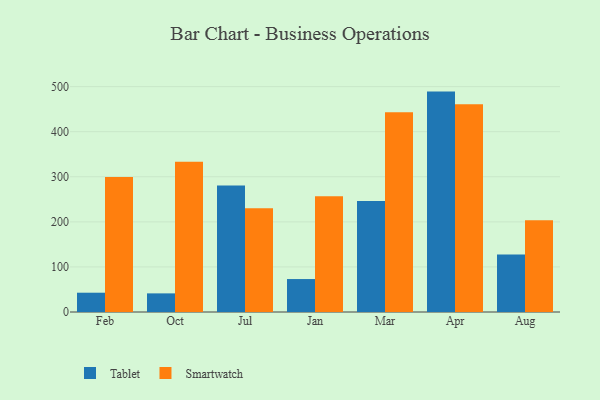
{"axis": {"x": "Month", "y": "Headcount"}, "legend": ["Smartwatch", "Tablet"], "data": [{"x": "Feb", "y": 42.8, "type": "Tablet"}, {"x": "Feb", "y": 299.7, "type": "Smartwatch"}, {"x": "Oct", "y": 41.3, "type": "Tablet"}, {"x": "Oct", "y": 333.1, "type": "Smartwatch"}, {"x": "Jul", "y": 280.4, "type": "Tablet"}, {"x": "Jul", "y": 230.2, "type": "Smartwatch"}, {"x": "Jan", "y": 73.1, "type": "Tablet"}, {"x": "Jan", "y": 256.5, "type": "Smartwatch"}, {"x": "Mar", "y": 246.3, "type": "Tablet"}, {"x": "Mar", "y": 443.3, "type": "Smartwatch"}, {"x": "Apr", "y": 488.9, "type": "Tablet"}, {"x": "Apr", "y": 460.6, "type": "Smartwatch"}, {"x": "Aug", "y": 127.4, "type": "Tablet"}, {"x": "Aug", "y": 203.3, "type": "Smartwatch"}]}